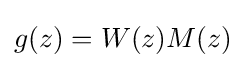
\displaystyle {g(z)=W(z)M(z)}